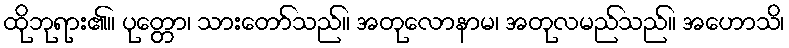
ထိုဘုရား၏။ ပုတ္တော၊ သားတော်သည်။ အတုလောနာမ၊ အတုလမည်သည်။ အဟောသိ၊